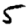
Digit: 5